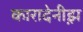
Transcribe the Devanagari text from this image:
कारादेनीझ़